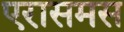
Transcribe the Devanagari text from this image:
एरासमस